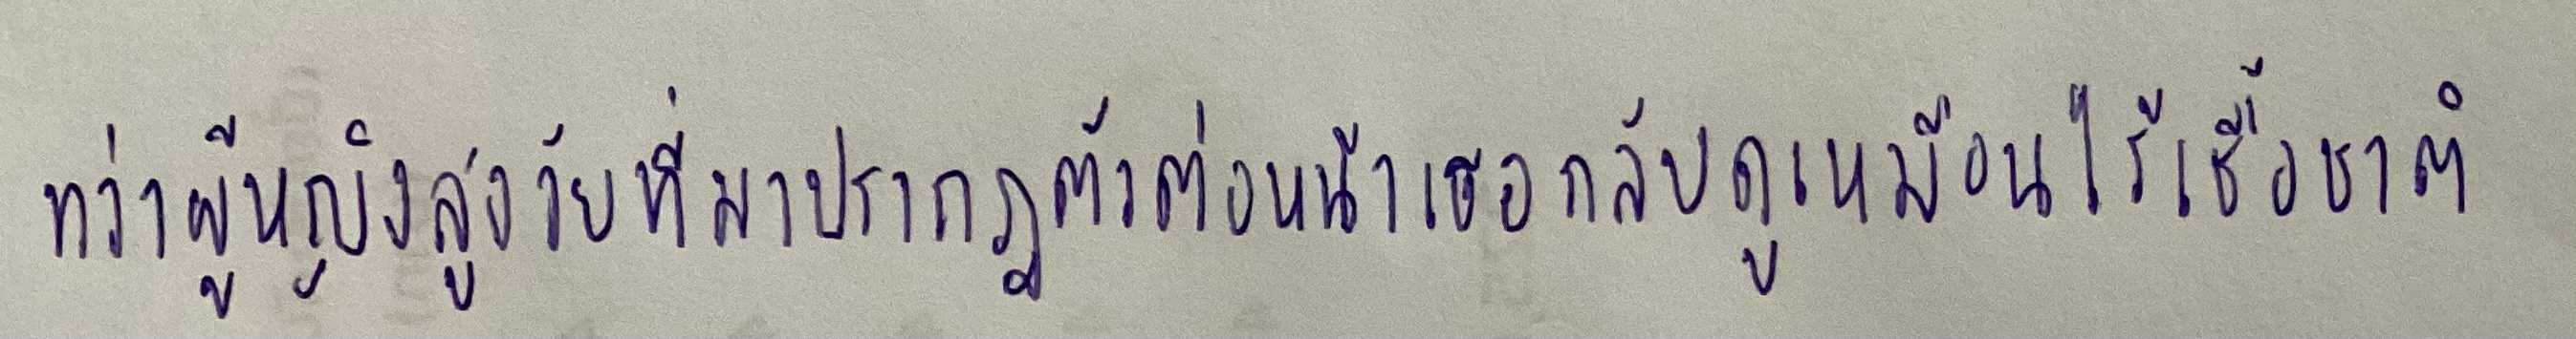
ทว่าผู้หญิงสูงวัยที่มาปรากฏตัวต่อหน้าเธอกลับดูเหมือนไร้เชื้อชาติ